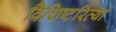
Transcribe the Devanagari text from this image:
विशिष्टरित्या